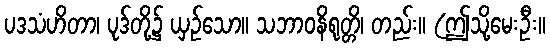
ပဒသံဟိတာ၊ ပုဒ်တို့၌ ယှဉ်သော။ သဘာဝနိရုတ္တိ၊ တည်း။ (ဤသို့မေးဦး။